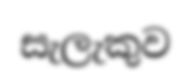
සැලැකුව